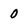
Character: 0